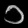
Digit: ၁